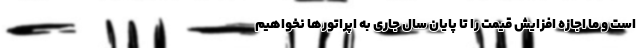
است و ما اجازه افزایش قیمت را تا پایان سال جاری به اپراتورها نخواهیم